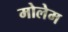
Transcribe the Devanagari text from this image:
मोलेम